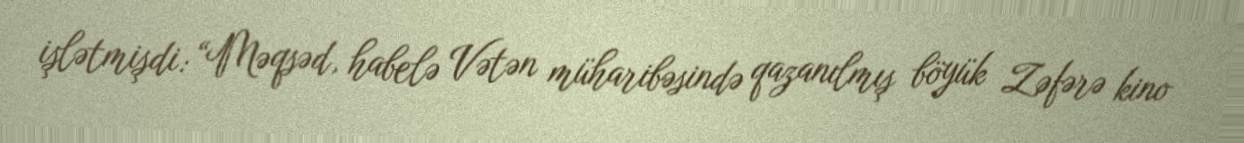
işlətmişdi: “Məqsəd, habelə Vətən müharibəsində qazanılmış böyük Zəfərə kino